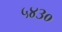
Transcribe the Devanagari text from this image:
५४३०